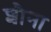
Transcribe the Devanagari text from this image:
शौना